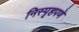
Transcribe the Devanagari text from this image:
निस्पृहपणे